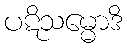
ပဋိသမ္မောဒိ